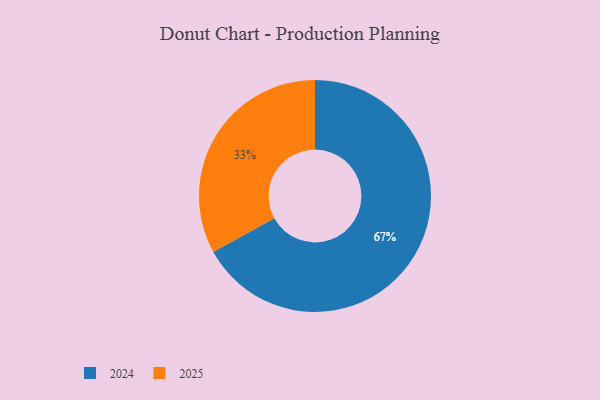
{"axis": {"x": "Category", "y": "Percentage"}, "legend": ["2024", "2025"], "data": [{"x": "2024", "y": 67, "type": "2024"}, {"x": "2025", "y": 33, "type": "2025"}]}